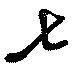
七